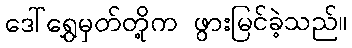
ဒေါ်ရွှေမှတ်တို့က ဖွားမြင်ခဲ့သည်။